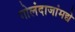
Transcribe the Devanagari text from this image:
गोलंदाजांमद्ये